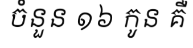
ចំនួន ១៦ កូន គឺ